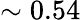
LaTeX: \sim 0.54